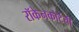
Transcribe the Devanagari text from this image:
रॉकेनकोर्टची